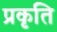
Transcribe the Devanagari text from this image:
प्रकृति